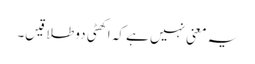
یہ معنی نہیں ہے کہ اکھٹی دو طلاقیں۔